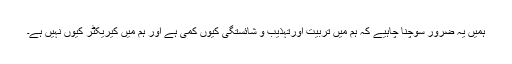
ہمیں یہ ضرور سوچنا چاہیے کہ ہم میں تربیت اورتہذیب و شائستگی کیوں کمی ہے اور ہم میں کیریکٹر کیوں نہیں ہے۔